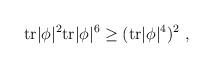
LaTeX: \begin{align*}{\rm tr} |\phi|^2 {\rm tr} |\phi|^6 \ge ({\rm tr} |\phi|^4)^2 ~ ,\end{align*}